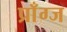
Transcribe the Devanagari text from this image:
प्राँग्ज